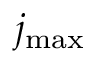
j _ { \mathrm { m a x } }